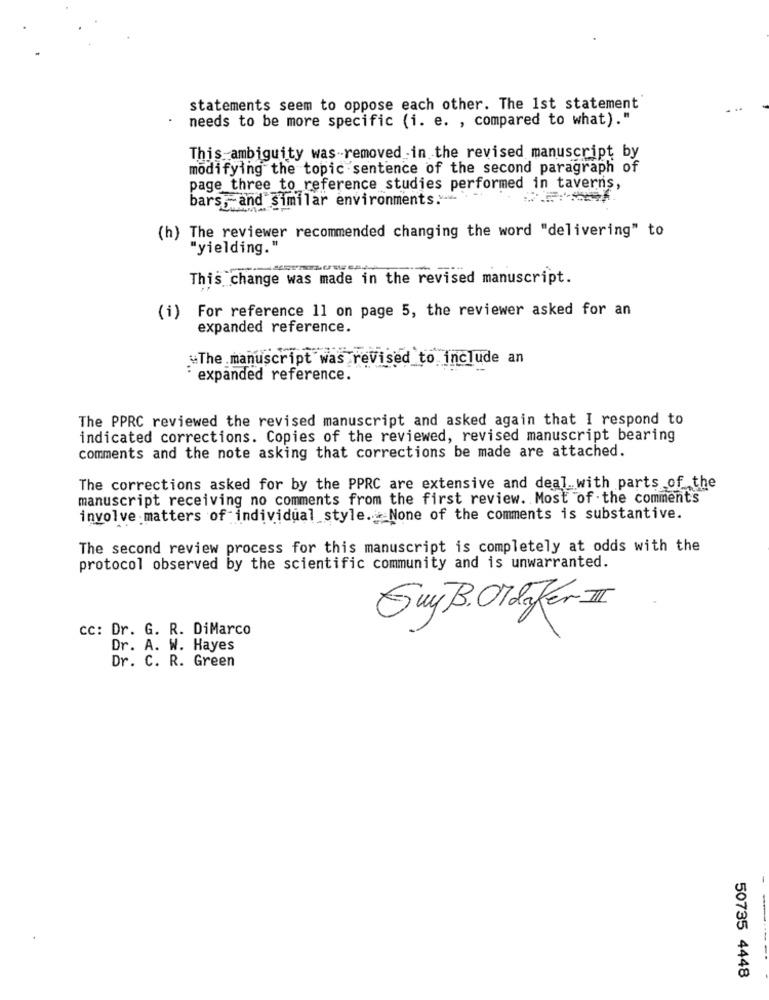
statements seem to oppose each other. The 1st statement
needs to be more specific (i. e. , compared to what)."
This ambiguity was-removed in the revised manuscript by
modifying the topic sentence of the second paragraph of
page three to reference studies performed in taverns,
bars, and Similar environments.v.
(h) The reviewer recommended changing the word "delivering" to
"yielding."
This change was made in the revised manuscript.
(i) For reference 11 on page 5, the reviewer asked for an
expanded reference.
"The manuscript was revised to include an
expanded reference.
The PPRC reviewed the revised manuscript and asked again that I respond to
indicated corrections. Copies of the reviewed, revised manuscript bearing
comments and the note asking that corrections be made are attached.
The corrections asked for by the PPRC are extensive and deal with parts of the
manuscript receiving no comments from the first review. Most of the comments
involve matters of individual_style. None of the comments is substantive.
The second review process for this manuscript is completely at odds with the
protocol observed by the scientific community and is unwarranted.
Guy B. Oldafer I
cc: Dr. G. R. DiMarco
Dr. A. W. Hayes
Dr. C. R. Green
50735 4448